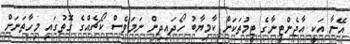
އޭނާ އަކީ އާޖެންޓީނާގެ ޓީމުތަކަށް ކާމިޔާބު ހޯދައިދިން ނަމަވެސް ކޯޗެއްގެ ގޮތުގައި މިހާތަނަށް